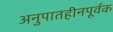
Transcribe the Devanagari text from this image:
अनुपातहीनपूर्वक